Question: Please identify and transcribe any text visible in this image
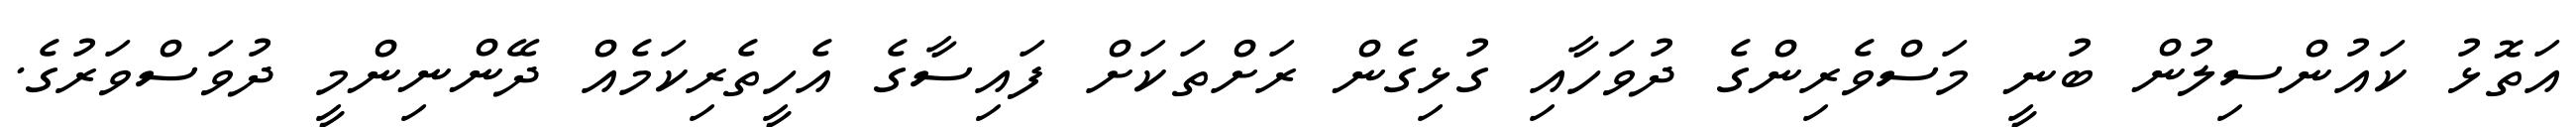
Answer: އަތޮޅު ކައުންސިލުން ބުނީ މަސްވެރިންގެ ދުވަހާއި ގުޅިގެން ރަށްތަކަށް ފައިސާގެ އެހީތެރިކަމެއް ދޭންނިންމީ ދުވަސްވަރުގެ.